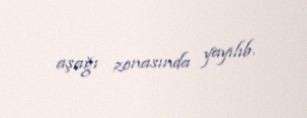
aşağı zonasında yayılıb.